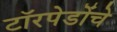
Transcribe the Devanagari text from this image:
टॉरपेडोंचे